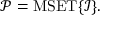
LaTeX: { \mathcal { P } } = \operatorname { M S E T } \{ { \mathcal { I } } \} .